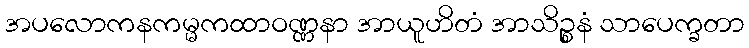
အပလောကနကမ္မကထာဝဏ္ဏနာ အာယူဟိတံ အာသိဉ္စနံ သာပေက္ခတာ